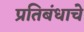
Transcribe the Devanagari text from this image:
प्रतिबंधाचे